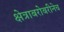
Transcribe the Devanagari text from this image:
क्षेत्राबरोबरीनेच